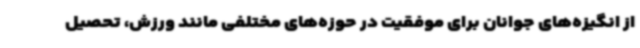
از انگیزه‌های جوانان برای موفقیت در حوزه‌های مختلفی مانند ورزش، تحصیل